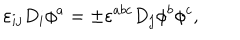
\varepsilon _ { i j } D _ { i } \phi ^ { a } = \pm \varepsilon ^ { a b c } D _ { j } \phi ^ { b } \phi ^ { c } ,